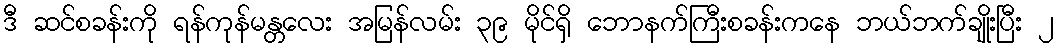
ဒီ ဆင်စခန်းကို ရန်ကုန်မန္တလေး အမြန်လမ်း ၃၉ မိုင်ရှိ ဘောနက်ကြီးစခန်းကနေ ဘယ်ဘက်ချိုးပြီး ၂